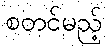
စတင်မည့်